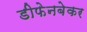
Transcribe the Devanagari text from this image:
डीफेनबेकर